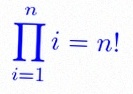
\prod_{i=1}^{n}i=n!